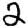
Digit: 2